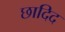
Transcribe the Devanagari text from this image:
छादिद